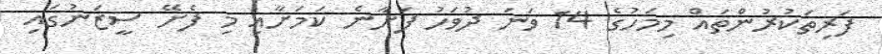
ފަރިތަކުރުންތައް މިމަހުގެ 14 ވަނަ ދުވަހު ފަށާނެ ކަމަށާއި މި ފެށޭ ސީޒަނުގައި